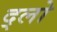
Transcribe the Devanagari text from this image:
द्लो